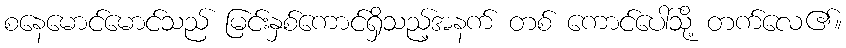
စနေမောင်မောင်သည် မြင်းနှစ်ကောင်ရှိသည့်အနက် တစ် ကောင်ပေါ်သို့ တက်လေ၏။